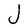
Character: J